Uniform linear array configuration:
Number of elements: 24
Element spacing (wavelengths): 1
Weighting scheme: hamming
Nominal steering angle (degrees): -15
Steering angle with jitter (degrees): -16.117
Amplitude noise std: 0.05
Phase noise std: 0.05

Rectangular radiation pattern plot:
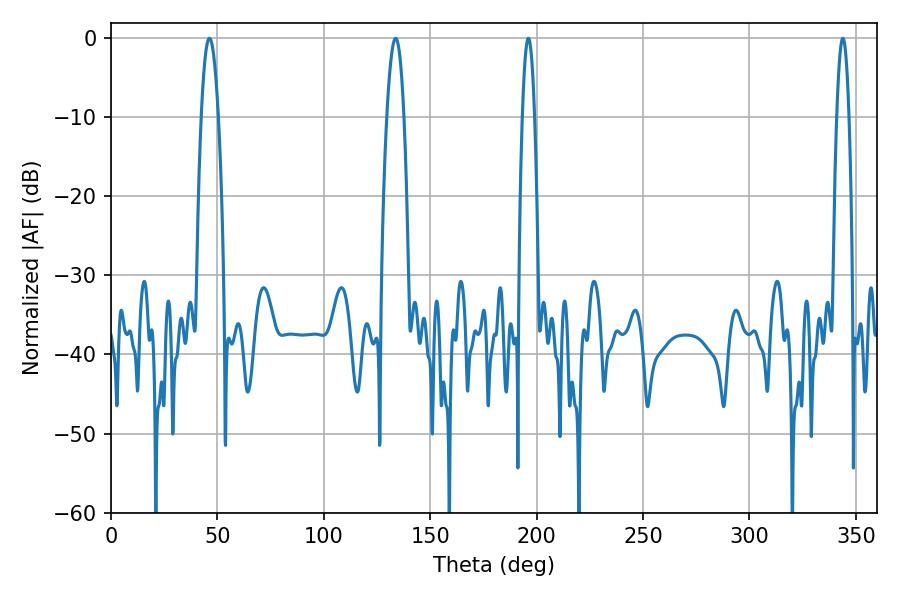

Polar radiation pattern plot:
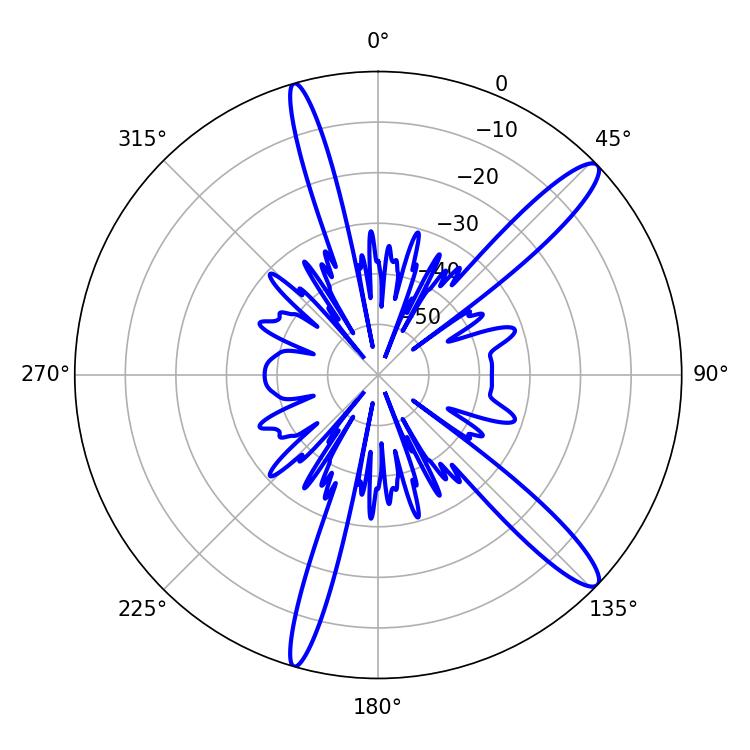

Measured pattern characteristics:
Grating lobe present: TRUE
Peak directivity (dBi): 13.579
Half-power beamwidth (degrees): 4.32
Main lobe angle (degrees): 46.26